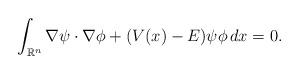
LaTeX: \begin{align*}\int_{\mathbb{R}^n}\nabla\psi\cdot\nabla\phi+(V(x)-E)\psi\phi\,dx=0.\end{align*}